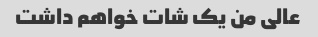
عالی من یک شات خواهم داشت